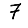
Digit: 7